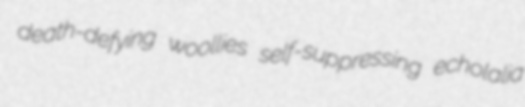
death-defying woollies self-suppressing echolalia